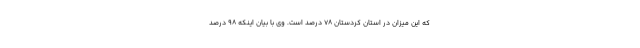
که این میزان در استان کردستان ۷۸ درصد است. وی با بیان اینکه ۹۸ درصد